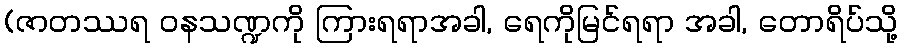
(ဇာတဿရ ဝနသဏ္ဍကို ကြားရရာအခါ, ရေကိုမြင်ရရာ အခါ, တောရိပ်သို့